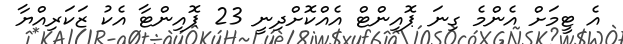
އެ ޓީމަށް އެންމެ ގިނަ ޕޮއިންޓް އެއްކޮށްދިނީ 23 ޕޮއިންޓާ އެކު ޒަކަރިއްޔާ